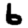
Digit: 6